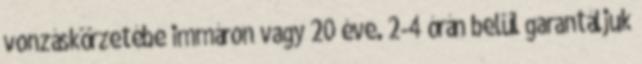
vonzáskörzetébe immáron vagy 20 éve. 2-4 órán belül garantáljuk